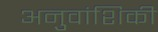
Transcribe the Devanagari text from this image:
अनुवांशिकी